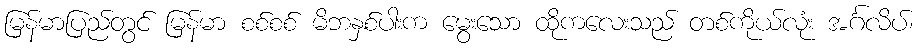
မြန်မာပြည်တွင် မြန်မာ စစ်စစ် မိဘနှစ်ပါးက မွေးသော ထိုကလေးသည် တစ်ကိုယ်လုံး အင်္ဂလိပ်၊